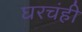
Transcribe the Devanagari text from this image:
घरचंही